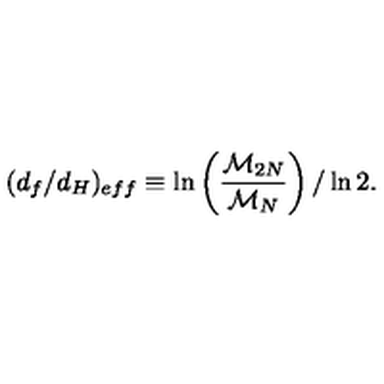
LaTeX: ( d _ { f } / d _ { H } ) _ { e f f } \equiv \ln \left( { \frac { { \cal { M } } _ { 2 N } } { { \cal { M } } _ { N } } } \right) / \ln 2 .